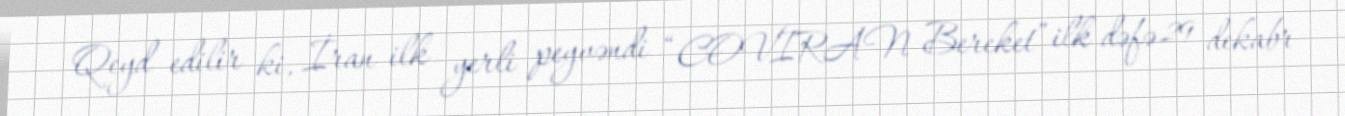
Qeyd edilir ki, İran ilk yerli peyvəndi “COVIRAN Bereket” ilk dəfə 29 dekabr